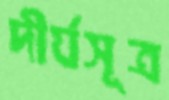
দীর্ঘসূত্র